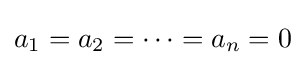
a_{1}=a_{2}=\cdots =a_{n}=0